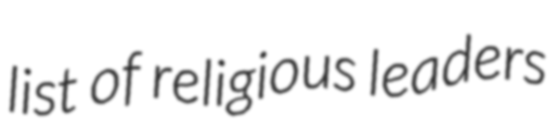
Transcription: list of religious leaders